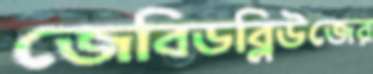
জেবিডব্লিউজের